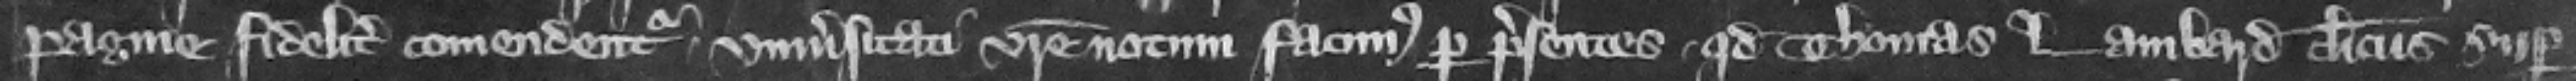
pagine fideliter comendentur. vniuersitati vestre notum facimus per presentes quod Thomas Lambard clericus super